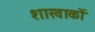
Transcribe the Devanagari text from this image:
शाखाकों